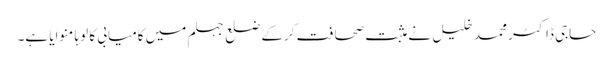
حاجی ڈاکٹر محمد خلیل نے مثبت صحافت کرکے ضلع جہلم میں کامیابی کا لوہا منوایا ہے۔